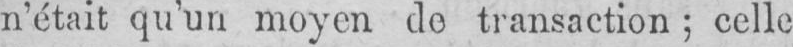
n’était qu’un moyen de transaction; celle